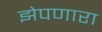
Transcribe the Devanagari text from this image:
झेपणारा